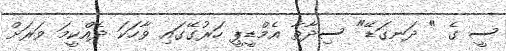
ސީ ގެ " ދަނގަޑޭ" ސިދާތާ އެމްޑީޕީ ހަރުގޭގައި ވާހަަކަ ދެއްކީމަ ވަރަށް